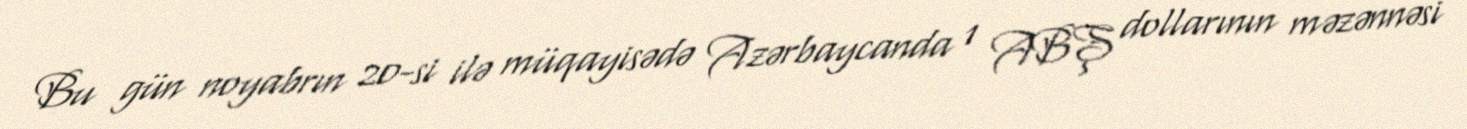
Bu gün noyabrın 20-si ilə müqayisədə Azərbaycanda 1 ABŞ dollarının məzənnəsi